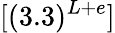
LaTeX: [(3.3)^{L+e}]